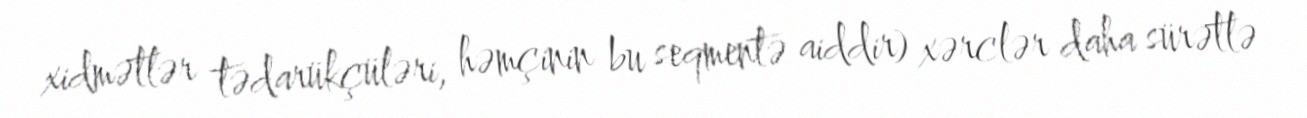
xidmətlər tədarükçüləri, həmçinin bu seqmentə aiddir) xərclər daha sürətlə